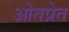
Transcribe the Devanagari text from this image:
ओतप्रेत